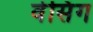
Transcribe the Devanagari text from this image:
वेसिंग